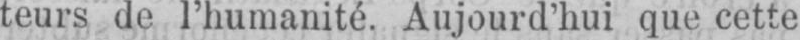
teurs de l’humanité. Aujourd’hui que cette